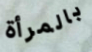
بالمرأة